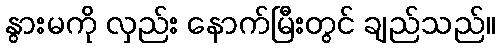
နွားမကို လှည်း နောက်မြီးတွင် ချည်သည်။